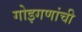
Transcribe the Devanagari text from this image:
गोइगणांची